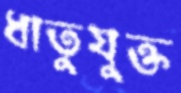
ধাতুযুক্ত